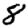
Digit: 8